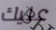
عليك